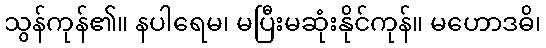
သွန်ကုန်၏။ နပါရေမ၊ မပြီးမဆုံးနိုင်ကုန်။ မဟောဒဓိ၊